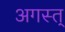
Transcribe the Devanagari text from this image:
अगस्त्